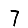
Digit: 7